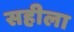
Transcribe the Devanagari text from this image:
सहीला